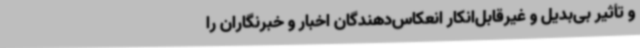
و تأثیر بی‌بدیل و غیرقابل‌انکار انعکاس‌دهندگان اخبار و خبرنگاران را